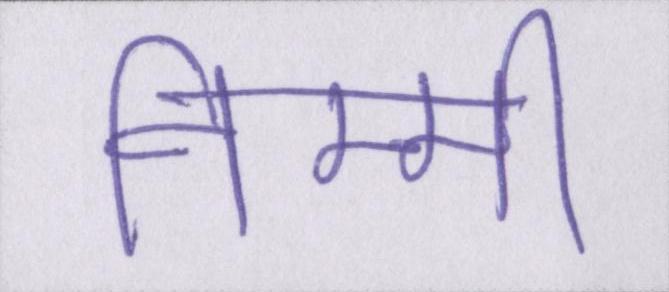
निम्मी